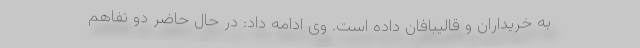
به خریداران و قالیبافان داده است. وی ادامه داد: در حال حاضر دو تفاهم